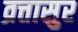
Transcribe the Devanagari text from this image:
व्रत्तासुर